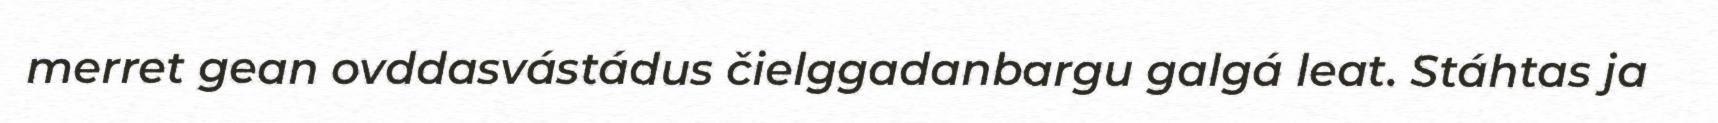
merret gean ovddasvástádus čielggadanbargu galgá leat. Stáhtas ja